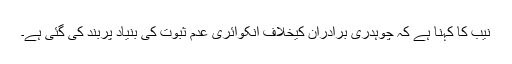
نیب کا کہنا ہے کہ چوہدری برادران کیخلاف انکوائری عدم ثبوت کی بنیاد پربند کی گئی ہے۔